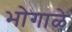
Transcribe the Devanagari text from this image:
भोगाळे